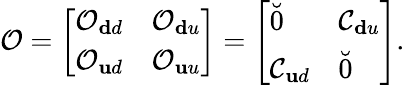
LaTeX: \mathcal{O}=\left[\begin{array}{ll}{\mathcal{O}_{\mathbf dd}}&{\mathcal{O}_{\mathbf du}}\\ {\mathcal{O}_{\mathbf ud}}&{\mathcal{O}_{\mathbf uu}}\end{array}\right]=\left[\begin{array}{ll}{\breve{0}}&{\mathcal{C}_{\mathbf du}}\\ {\mathcal{C}_{\mathbf ud}}&{\breve{0}}\end{array}\right].